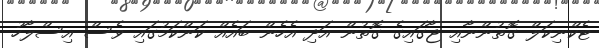
ޓެކްނިކަލް ގޮތުންނާއި ޖާގައިގެ ގޮތުން އަދި އެހެން ބައެއް ކަންކަމުގައި ވެސް އިސްލާހު